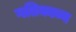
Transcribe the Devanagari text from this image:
गतिकाव्य